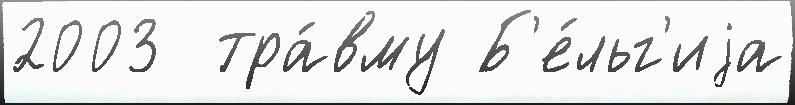
2003  тра́вму Б'е́льг'иjа